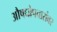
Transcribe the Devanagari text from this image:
औषधोपचारांवर